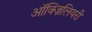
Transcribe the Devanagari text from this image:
ऑक्ज़िलियरी